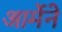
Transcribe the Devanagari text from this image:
आर्मेने